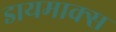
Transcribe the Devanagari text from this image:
डायमाक्स